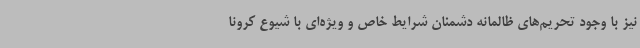
نیز با وجود تحریم‌های ظالمانه دشمنان شرایط خاص و ویژه‌ای با شیوع کرونا